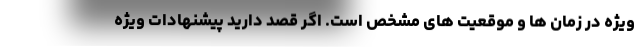
ویژه در زمان ها و موقعیت های مشخص است. اگر قصد دارید پیشنهادات ویژه